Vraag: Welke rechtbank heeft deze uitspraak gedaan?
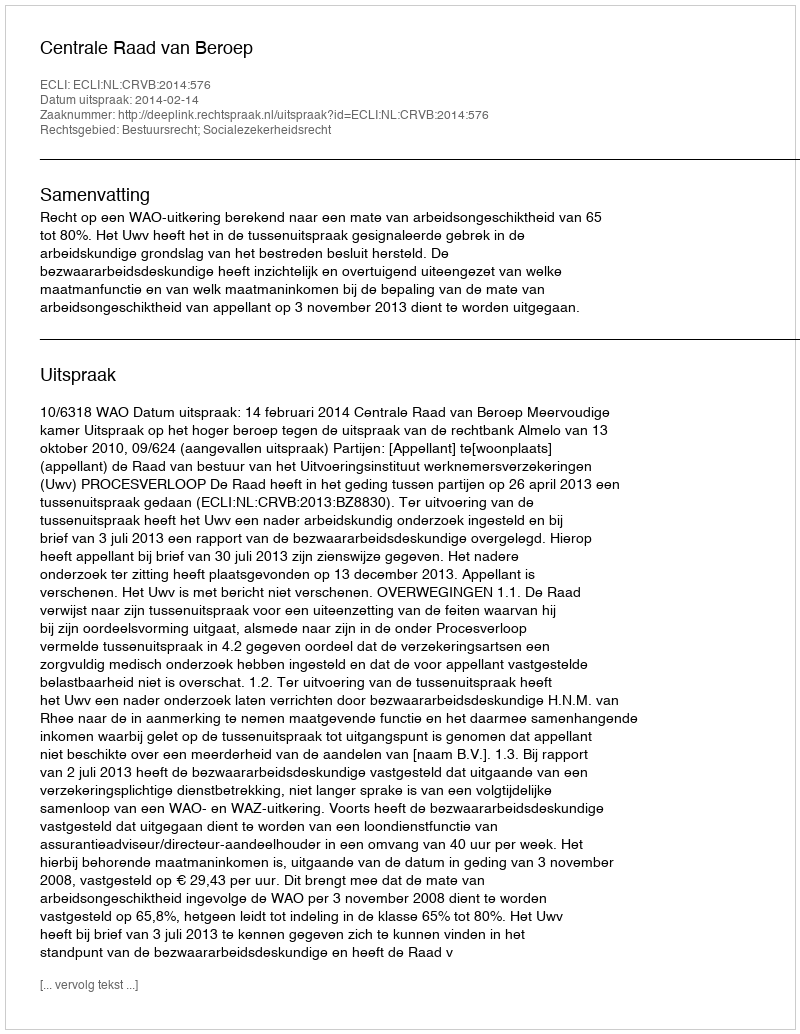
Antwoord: Centrale Raad van Beroep